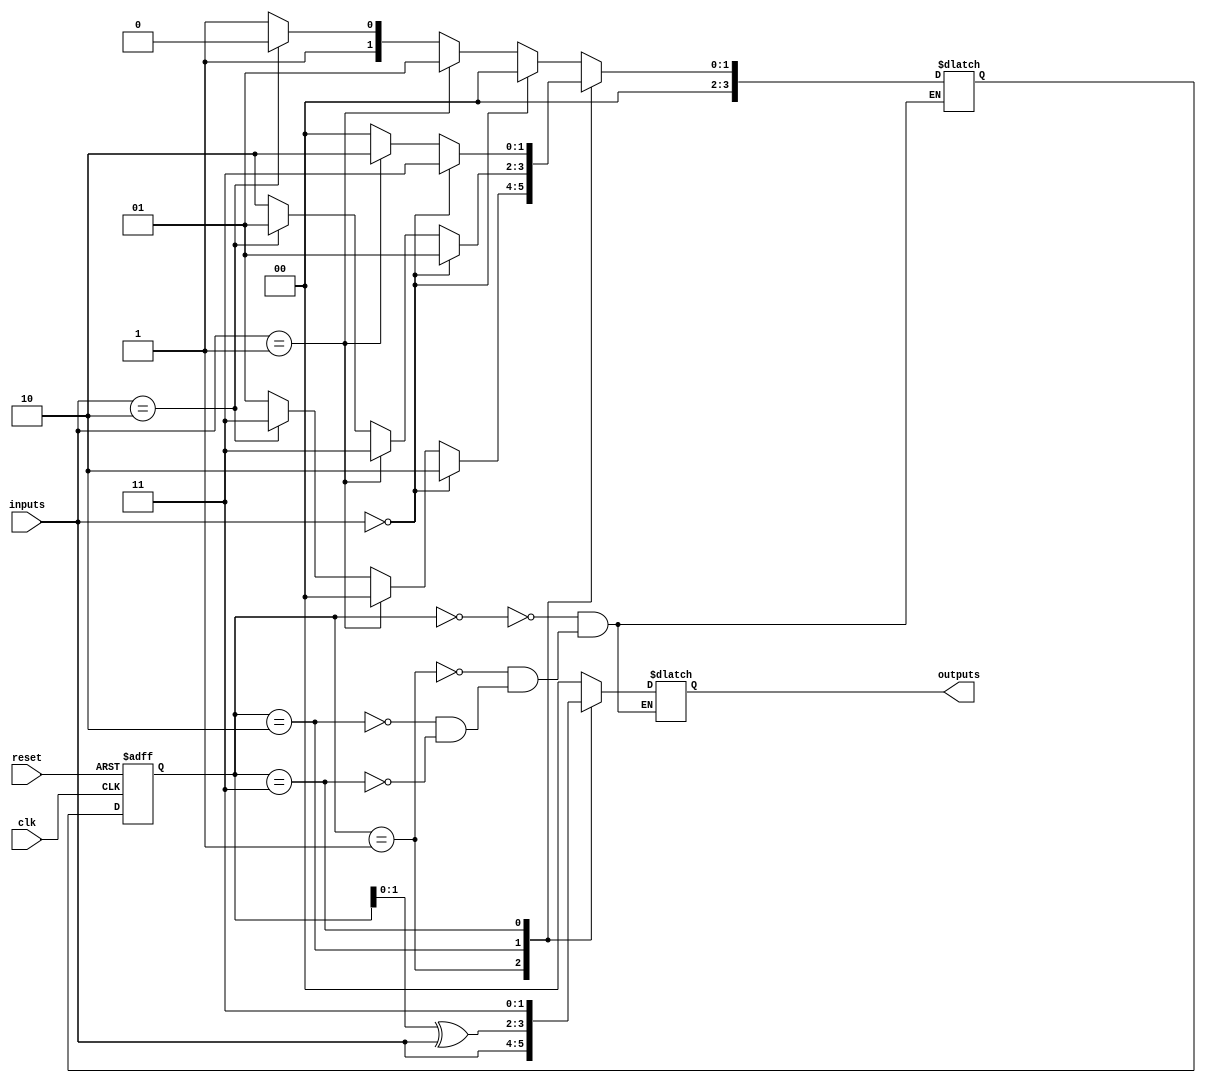
module mealy_state_machine (
    input wire clk,
    input wire reset,
    input wire [N-1:0] inputs,
    output reg [M-1:0] outputs
);

parameter N = 2; // Number of input signals
parameter M = 2; // Number of output signals

// State definition
reg [S-1:0] state;
parameter S = 4; // Number of states

// State register
always @(posedge clk or posedge reset)
begin
    if (reset)
        state <= 0;
    else
        state <= next_state;
end

// Next state logic
reg [S-1:0] next_state;
always @(*)
begin
    case (state)
        0: // State 0
        begin
            if (inputs == 2'b00) next_state = 2'b00;
            else if (inputs == 2'b01) next_state = 2'b01;
            else if (inputs == 2'b10) next_state = 2'b10;
            else next_state = 2'b11;
        end
        1: // State 1
        begin
            if (inputs == 2'b00) next_state = 2'b10;
            else if (inputs == 2'b01) next_state = 2'b00;
            else if (inputs == 2'b10) next_state = 2'b11;
            else next_state = 2'b01;
        end
        2: // State 2
        begin
            if (inputs == 2'b00) next_state = 2'b01;
            else if (inputs == 2'b01) next_state = 2'b11;
            else if (inputs == 2'b10) next_state = 2'b01;
            else next_state = 2'b10;
        end
        3: // State 3
        begin
            if (inputs == 2'b00) next_state = 2'b11;
            else if (inputs == 2'b01) next_state = 2'b10;
            else if (inputs == 2'b10) next_state = 2'b00;
            else next_state = 2'b00;
        end
    endcase
end

// Output logic
always @(*)
begin
    case (state)
        0: outputs = 2'b00;
        1: outputs = {inputs[1], inputs[0]};
        2: outputs = state ^ inputs;
        3: outputs = 2'b11;
    endcase
end

endmodule